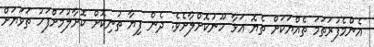
އެންމެފުރަތަމަ ތެއްޔަކަށް ތެޔޮ އަޅާ ހޫނުކޮށްލާށެވެ. ދެން ފިޔާ ތުނިކޮށް ކޮށާލުމަށްފަހު ތަވަޔަށް